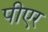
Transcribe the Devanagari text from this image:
पीएर